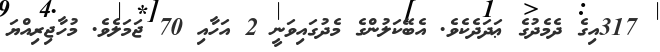
317އިގެ ދެމެދުގެ ޢަދަދެކެވެ. އެބޭކަލުންގެ މެދުގައިވަނީ 2 އަހާއި 70 ޖަމަލެވެ. މުހާޖިރިއްޔަ